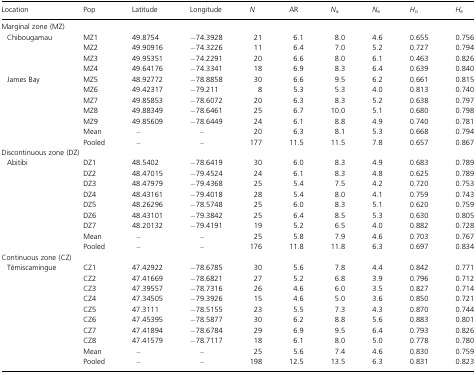
<table><thead><tr><td><b>Location</b></td><td><b>Pop</b></td><td><b>Latitude</b></td><td><b>Longitude</b></td><td><b><i>N</i></b></td><td><b>AR</b></td><td><b><i>N</i><sub>a</sub></b></td><td><b><i>N</i><sub>e</sub></b></td><td><b><i>H</i><sub>o</sub></b></td><td><b><i>H</i><sub>e</sub></b></td></tr></thead><tbody><tr><td colspan="10">Marginal zone (MZ)</td></tr><tr><td rowspan="4"> Chibougamau</td><td>MZ1</td><td>49.8754</td><td>−74.3928</td><td>21</td><td>6.1</td><td>8.0</td><td>4.6</td><td>0.655</td><td>0.756</td></tr><tr><td>MZ2</td><td>49.90916</td><td>−74.3226</td><td>11</td><td>6.4</td><td>7.0</td><td>5.2</td><td>0.727</td><td>0.794</td></tr><tr><td>MZ3</td><td>49.95351</td><td>−74.2291</td><td>20</td><td>6.6</td><td>8.0</td><td>6.1</td><td>0.463</td><td>0.826</td></tr><tr><td>MZ4</td><td>49.64176</td><td>−74.3341</td><td>18</td><td>6.9</td><td>8.3</td><td>6.4</td><td>0.639</td><td>0.840</td></tr><tr><td rowspan="7"> James Bay</td><td>MZ5</td><td>48.92772</td><td>−78.8858</td><td>30</td><td>6.6</td><td>9.5</td><td>6.2</td><td>0.661</td><td>0.815</td></tr><tr><td>MZ6</td><td>49.42317</td><td>−79.211</td><td>8</td><td>5.3</td><td>5.3</td><td>4.0</td><td>0.813</td><td>0.740</td></tr><tr><td>MZ7</td><td>49.85853</td><td>−78.6072</td><td>20</td><td>6.3</td><td>8.3</td><td>5.2</td><td>0.638</td><td>0.797</td></tr><tr><td>MZ8</td><td>49.88349</td><td>−78.6461</td><td>25</td><td>6.7</td><td>10.0</td><td>5.1</td><td>0.680</td><td>0.798</td></tr><tr><td>MZ9</td><td>49.85609</td><td>−78.6449</td><td>24</td><td>6.1</td><td>8.8</td><td>4.9</td><td>0.740</td><td>0.781</td></tr><tr><td>Mean</td><td>–</td><td>–</td><td>20</td><td>6.3</td><td>8.1</td><td>5.3</td><td>0.668</td><td>0.794</td></tr><tr><td>Pooled</td><td>–</td><td>–</td><td>177</td><td>11.5</td><td>11.5</td><td>7.8</td><td>0.657</td><td>0.867</td></tr><tr><td colspan="10">Discontinuous zone (DZ)</td></tr><tr><td rowspan="9"> Abitibi</td><td>DZ1</td><td>48.5402</td><td>−78.6419</td><td>30</td><td>6.0</td><td>8.3</td><td>4.9</td><td>0.683</td><td>0.789</td></tr><tr><td>DZ2</td><td>48.47015</td><td>−79.4524</td><td>24</td><td>6.1</td><td>8.3</td><td>4.8</td><td>0.625</td><td>0.789</td></tr><tr><td>DZ3</td><td>48.47979</td><td>−79.4368</td><td>25</td><td>5.4</td><td>7.5</td><td>4.2</td><td>0.720</td><td>0.753</td></tr><tr><td>DZ4</td><td>48.43161</td><td>−79.4018</td><td>28</td><td>5.4</td><td>8.0</td><td>4.1</td><td>0.759</td><td>0.743</td></tr><tr><td>DZ5</td><td>48.26296</td><td>−78.5748</td><td>25</td><td>6.0</td><td>8.3</td><td>5.1</td><td>0.620</td><td>0.759</td></tr><tr><td>DZ6</td><td>48.43101</td><td>−79.3842</td><td>25</td><td>6.4</td><td>8.5</td><td>5.3</td><td>0.630</td><td>0.805</td></tr><tr><td>DZ7</td><td>48.20132</td><td>−79.4191</td><td>19</td><td>5.2</td><td>6.5</td><td>4.0</td><td>0.882</td><td>0.728</td></tr><tr><td>Mean</td><td>–</td><td>–</td><td>25</td><td>5.8</td><td>7.9</td><td>4.6</td><td>0.703</td><td>0.767</td></tr><tr><td>Pooled</td><td>–</td><td>–</td><td>176</td><td>11.8</td><td>11.8</td><td>6.3</td><td>0.697</td><td>0.834</td></tr><tr><td colspan="10">Continuous zone (CZ)</td></tr><tr><td rowspan="10"> Témiscamingue</td><td>CZ1</td><td>47.42922</td><td>−78.6785</td><td>30</td><td>5.6</td><td>7.8</td><td>4.4</td><td>0.842</td><td>0.771</td></tr><tr><td>CZ2</td><td>47.41669</td><td>−78.6821</td><td>27</td><td>5.2</td><td>6.8</td><td>3.9</td><td>0.796</td><td>0.712</td></tr><tr><td>CZ3</td><td>47.39557</td><td>−78.7316</td><td>26</td><td>4.6</td><td>6.0</td><td>3.5</td><td>0.827</td><td>0.714</td></tr><tr><td>CZ4</td><td>47.34505</td><td>−79.3926</td><td>15</td><td>4.6</td><td>5.0</td><td>3.6</td><td>0.850</td><td>0.721</td></tr><tr><td>CZ5</td><td>47.3111</td><td>−78.5155</td><td>23</td><td>5.5</td><td>7.3</td><td>4.3</td><td>0.870</td><td>0.744</td></tr><tr><td>CZ6</td><td>47.45395</td><td>−78.5877</td><td>30</td><td>6.2</td><td>8.8</td><td>5.6</td><td>0.883</td><td>0.801</td></tr><tr><td>CZ7</td><td>47.41894</td><td>−78.6784</td><td>29</td><td>6.9</td><td>9.5</td><td>6.4</td><td>0.793</td><td>0.826</td></tr><tr><td>CZ8</td><td>47.41579</td><td>−78.7117</td><td>18</td><td>6.1</td><td>8.0</td><td>5.0</td><td>0.778</td><td>0.780</td></tr><tr><td>Mean</td><td>–</td><td>–</td><td>25</td><td>5.6</td><td>7.4</td><td>4.6</td><td>0.830</td><td>0.759</td></tr><tr><td>Pooled</td><td>–</td><td>–</td><td>198</td><td>12.5</td><td>13.5</td><td>6.3</td><td>0.831</td><td>0.823</td></tr></tbody></table>